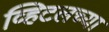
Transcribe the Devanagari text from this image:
व्हिटलच्या